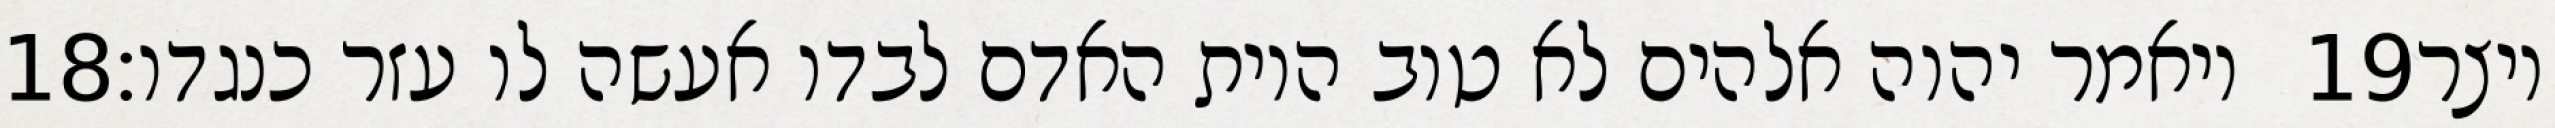
‎18‏ ויאמר יהוה אלהים לא טוב היות האדם לבדו אעשה לו עזר כנגדו׃ ‎19‏ ויצר